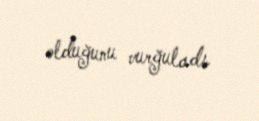
olduğunu vurğuladı.